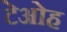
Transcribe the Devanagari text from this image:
टेओह